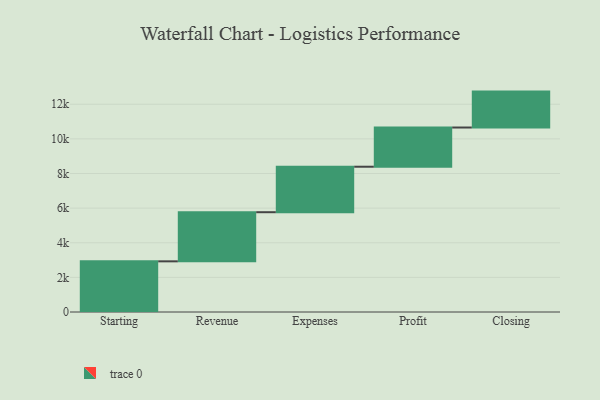
{"axis": {"x": "Step", "y": "Value"}, "legend": [""], "data": [{"x": "Starting", "y": 2926.0, "type": ""}, {"x": "Revenue", "y": 2838.0, "type": ""}, {"x": "Expenses", "y": 2627.0, "type": ""}, {"x": "Profit", "y": 2265.0, "type": ""}, {"x": "Closing", "y": 2074.0, "type": ""}]}